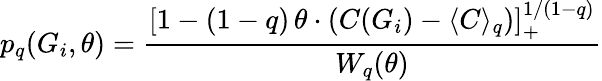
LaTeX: p_{q}(G_{i},\theta)=\frac{\left[1-(1-q)\, \theta\cdot(C(G_{i})-\langle C\rangle_{q})\right]_{+}^{1/(1-q)}}{W_{q}(\theta)}